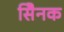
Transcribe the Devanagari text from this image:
सैिनक